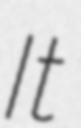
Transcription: It